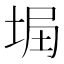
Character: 𡌞